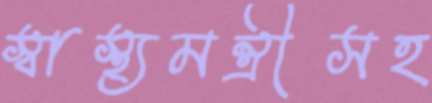
স্বাস্থ্যমন্ত্রীসহ